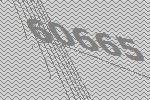
60665